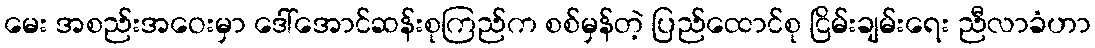
မေး အစည်းအဝေးမှာ ဒေါ်အောင်ဆန်းစုကြည်က စစ်မှန်တဲ့ ပြည်ထောင်စု ငြိမ်းချမ်းရေး ညီလာခံဟာ